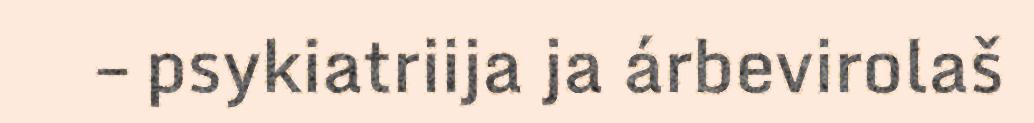
– psykiatriija ja árbevirolaš